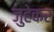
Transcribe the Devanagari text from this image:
जुहेकर